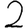
Digit: 2